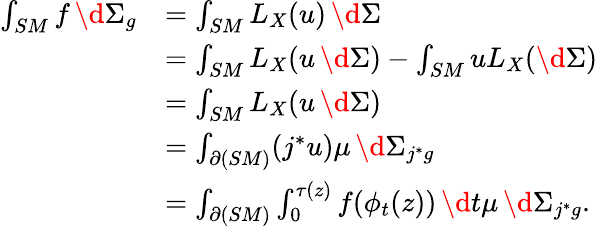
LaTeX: \begin{array}{rl}{\int_{SM}f\, \d\Sigma_{g}}&{=\int_{SM}L_{X}(u)\, \d\Sigma}\\ &{=\int_{SM}L_{X}(u\, \d\Sigma)-\int_{SM}uL_{X}(\d\Sigma)}\\ &{=\int_{SM}L_{X}(u\, \d\Sigma)}\\ &{=\int_{\partial(SM)}(j^{\ast}u)\mu\, \d\Sigma_{j^{\ast}g}}\\ &{=\int_{\partial(SM)}\int_{0}^{\tau(z)}f(\phi_{t}(z))\, \d t\mu\, \d\Sigma_{j^{\ast}g}.}\end{array}